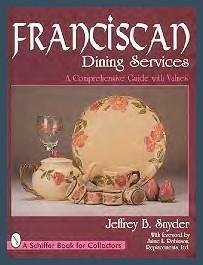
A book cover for Franciscan Dining Services: A Comprehensive Guide with Values; Jeffrey B. Snyder; Cookbooks, Food & Wine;